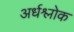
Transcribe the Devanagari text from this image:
अर्धश्लोक